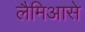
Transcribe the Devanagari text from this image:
लैमिआसे